Vabadussoja_Ajaloo_Komitee, lk 7
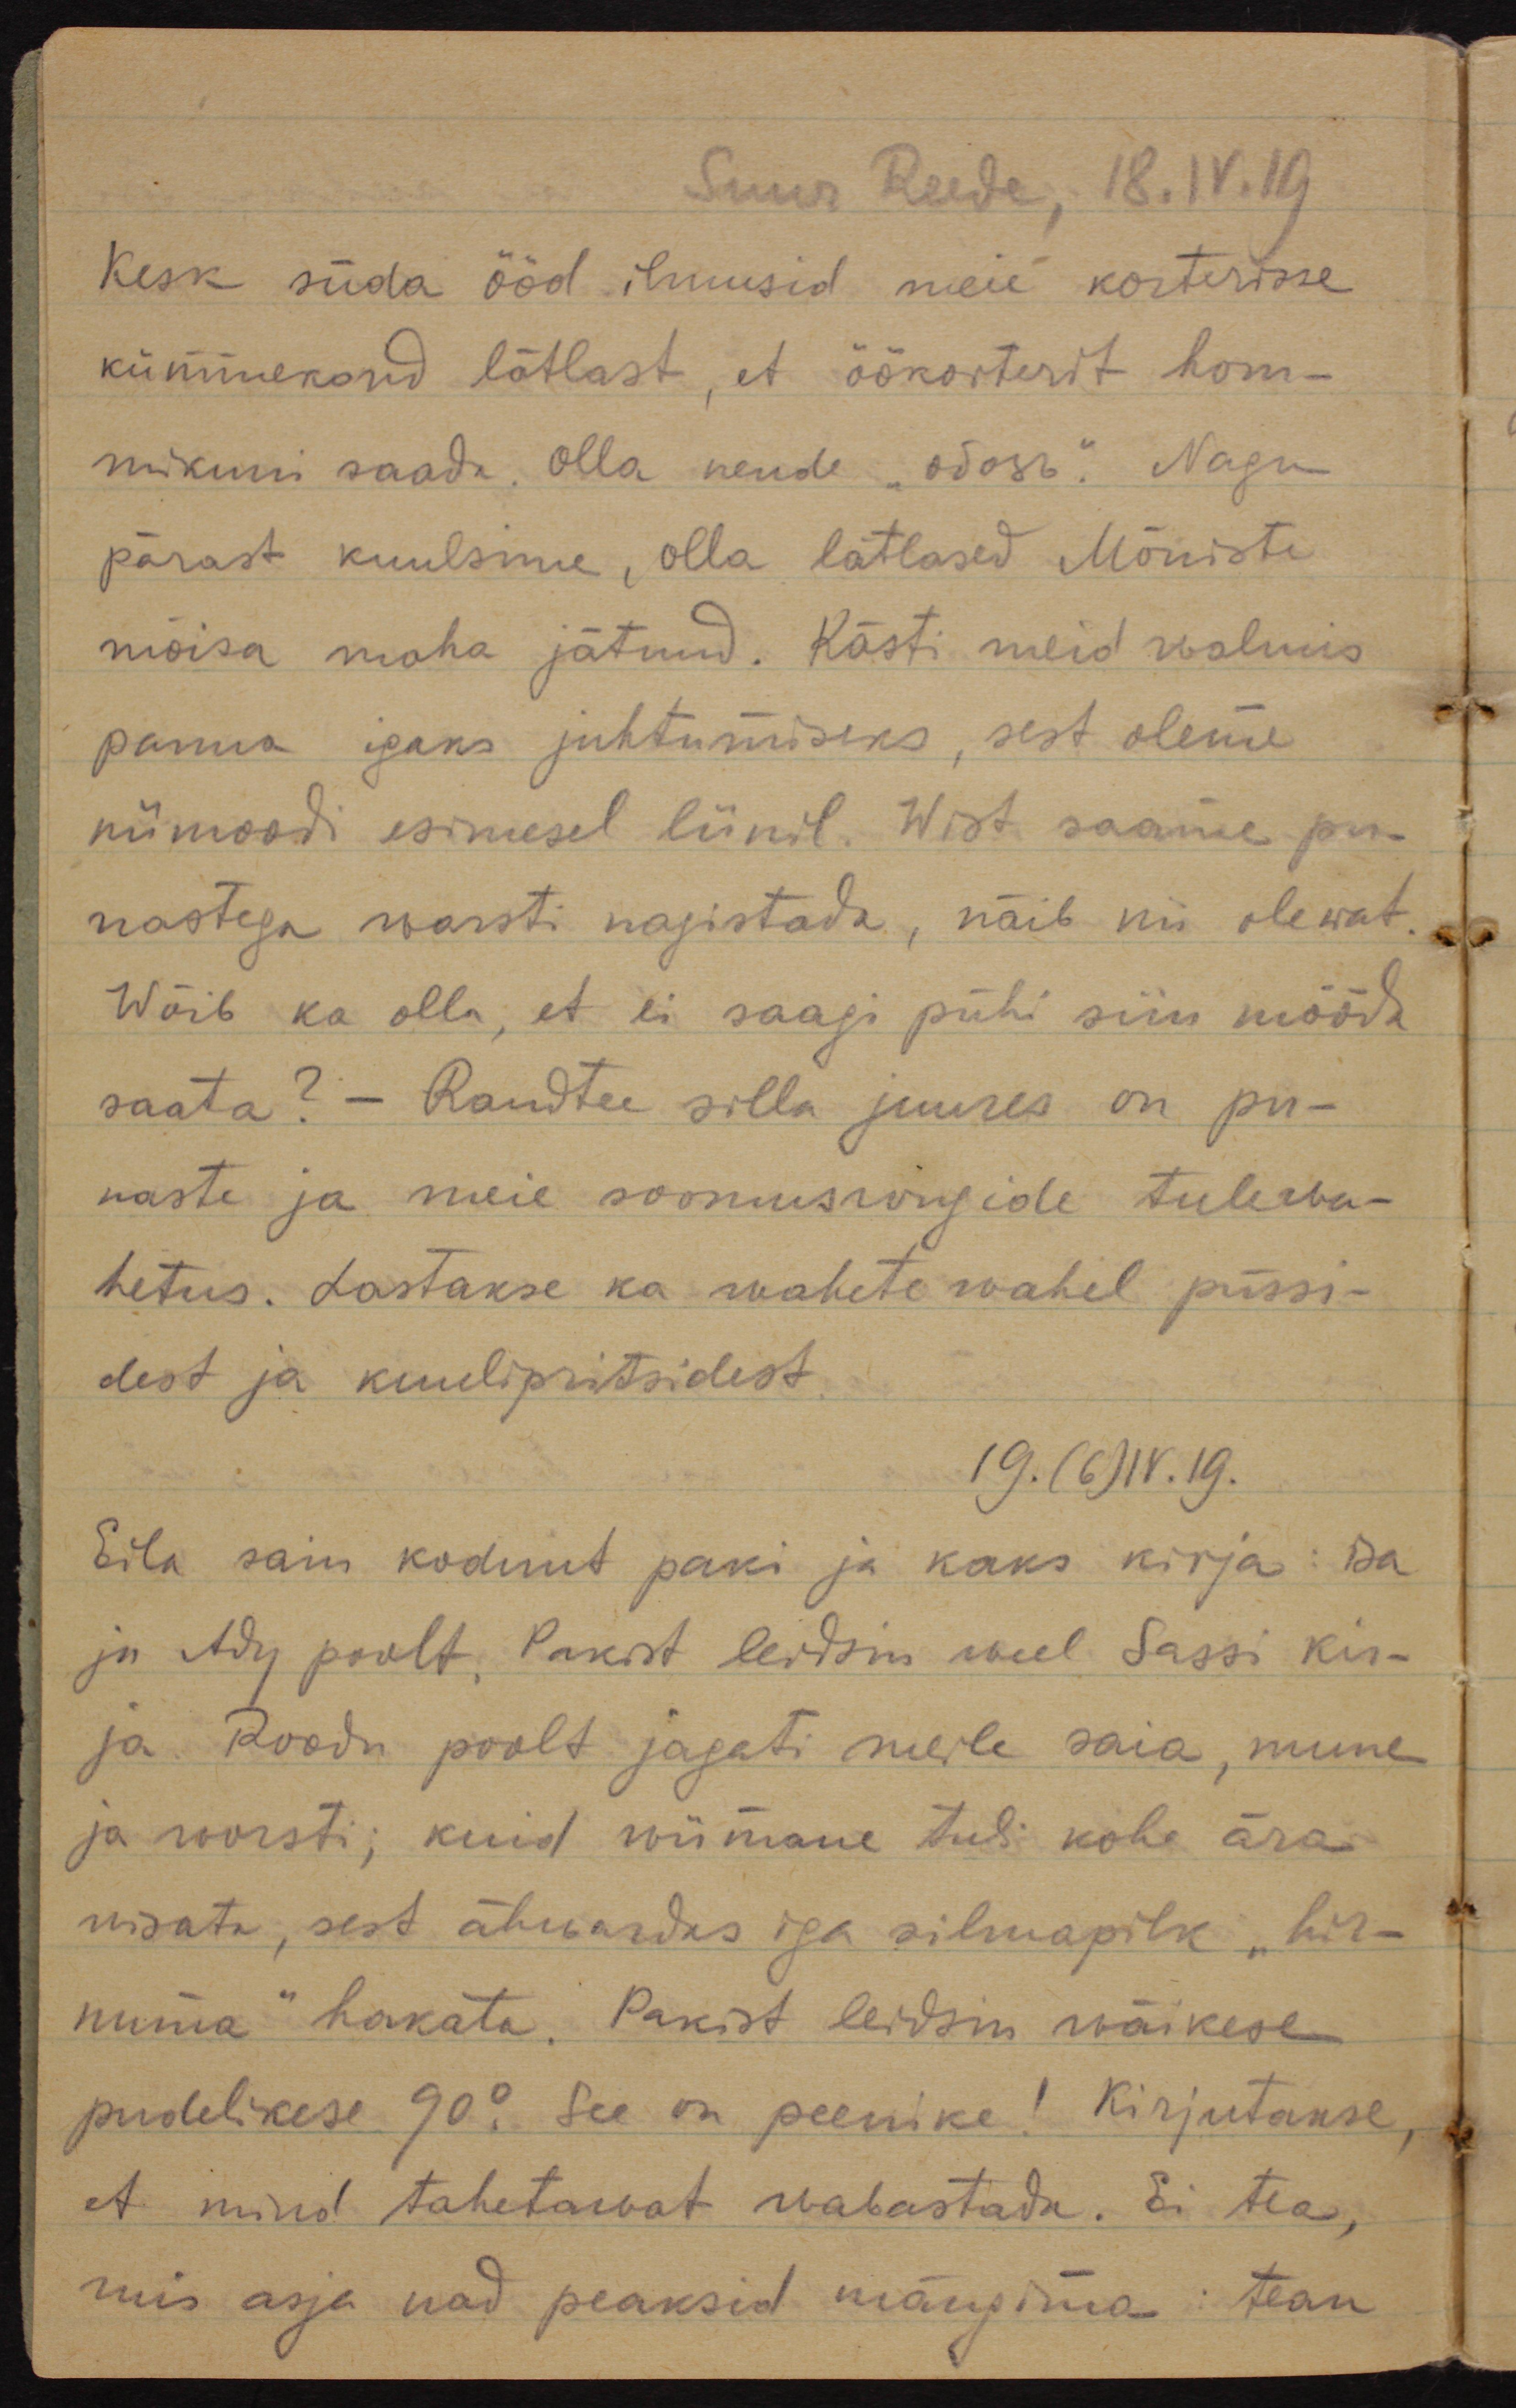
Suur Reede, 18.IV.19
Kesk süda ööd ilmusid meie korterisse
kümmekond lätlast, et öökorterit hom-
mikuni saada. Olla nende "обозъ". Nagu 
pärast kuulsime, olla lätlased Mõniste
mõisa maha jätnud. Kästi meid walmis
panna igaks juhtumiseks, sest oleme
niimoodi esimesel liinil. Wist saame pu-
nastega warsti nagistada, näib nii olewat.
Wõib ka olla, et ei saagi pühi siin mööda
saata? - Raudtee silla juures on pu-
naste ja meie soomusrongide tulewa-
hetus. Lastakse ka wahetewahel püssi-
dest ja kuulipildujatest.
19.(6)IV.19.
Eila sain kodunt paki ja kaks kirja. Isa
ja Ady poolt. Pakist leidsin weel Sassi kir-
ja. Roodu poolt jagati meile saia, mune
ja worsti, kuid wiimane tuli kohe ära
wisata, sest ähwardas iga silmapilk "hir-
numa" hakata. Pakist leidsin wäikese 
pudelikese 90°. See on peenike! Kirjutakse,
et mind tahetawat wabastada. Ei tea, 
mis asja nad peaksid mängima. Tean